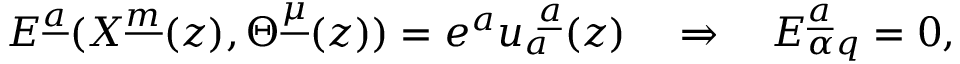
E ^ { \underline { { a } } } ( X ^ { \underline { { m } } } ( z ) , \Theta ^ { \underline { { \mu } } } ( z ) ) = e ^ { a } u _ { a } ^ { ~ \underline { { a } } } ( z ) \quad \Rightarrow \quad E _ { \alpha q } ^ { \underline { { a } } } = 0 ,